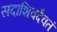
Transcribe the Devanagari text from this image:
सदाशिवदैवतं